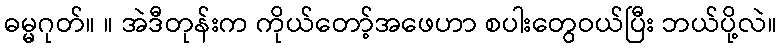
ဓမ္မဂုတ်။ ။ အဲဒီတုန်းက ကိုယ်တော့်အဖေဟာ စပါးတွေဝယ်ပြီး ဘယ်ပို့လဲ။